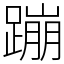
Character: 蹦